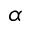
\alpha